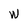
Character: W